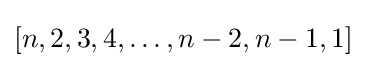
[n,2,3,4,\ldots ,n-2,n-1,1]